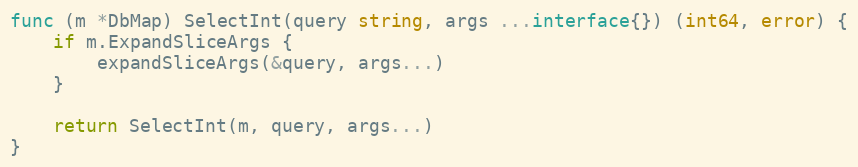
Language: Go
func (m *DbMap) SelectInt(query string, args ...interface{}) (int64, error) {
	if m.ExpandSliceArgs {
		expandSliceArgs(&query, args...)
	}

	return SelectInt(m, query, args...)
}